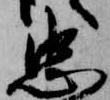
忠